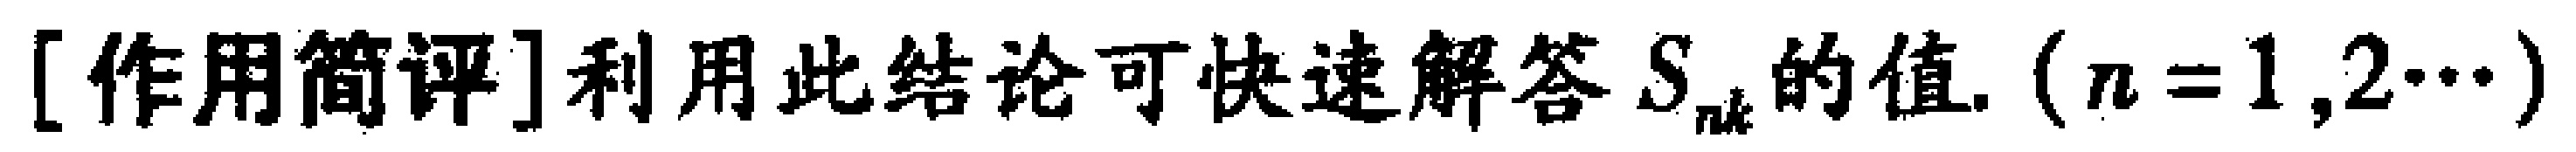
[作用简评]利用此结论可快速解答 \(S_{nk}\) 的值. (\(n = 1,2\cdots\))